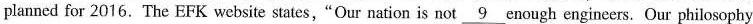
planned for 2016. The EFK website states,"Our nation is not \underline{9} enough engineers. Our philosophy